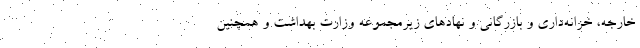
خارجه، خزانه‌داری و بازرگانی و نهادهای زیرمجموعه وزارت بهداشت و همچنین